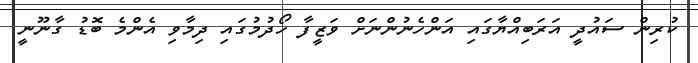
ކުރިން ސައުދީ އަރަބިއްޔާގައި އަންހެނުންނަށް ވަޒީފާ ހޯދުމުގައި ދިމާވި އެންމެ ބޮޑު ގާނޫނީ